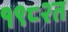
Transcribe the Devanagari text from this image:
१९८२त